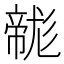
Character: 𢅛